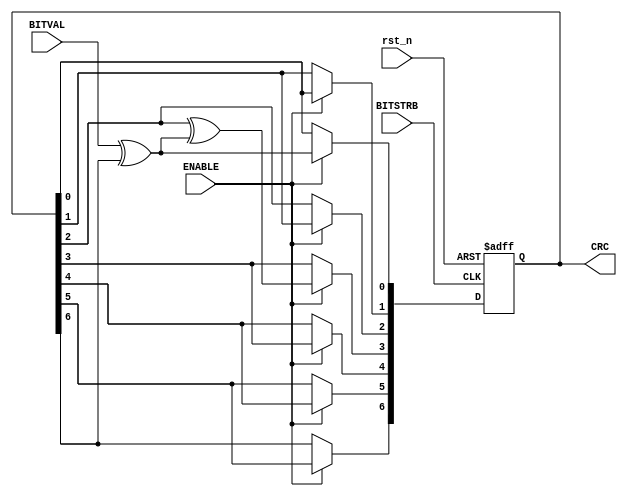
// ==========================================================================
// CRC Generation Unit - Linear Feedback Shift Register implementation
// (c) Kay Gorontzi, GHSi.de, distributed under the terms of LGPL
// https://www.ghsi.de/CRC/
// ==========================================================================
module crc7(BITVAL, ENABLE, BITSTRB, rst_n, CRC);
   input        BITVAL;                            // Next input bit
   input        ENABLE;                            // Enable calculation
   input        BITSTRB;                           // Current bit valid (Clock)
   input        rst_n;                             // Init CRC value
   output [6:0] CRC;                               // Current output CRC value

   reg    [6:0] CRC;                               // We need output registers
   wire         inv;

   assign inv = BITVAL ^ CRC[6];                   // XOR required?

   always @(posedge BITSTRB or negedge rst_n) begin
      if (0==rst_n) begin
         CRC <= 0;                                  // Init before calculation
         end
      else begin
         if (ENABLE == 1'b1) begin
             CRC[6] <= CRC[5];
             CRC[5] <= CRC[4];
             CRC[4] <= CRC[3];
             CRC[3] <= CRC[2] ^ inv;
             CRC[2] <= CRC[1];
             CRC[1] <= CRC[0];
             CRC[0] <= inv;
             end
         else
             CRC <= CRC;
         end
      end

endmodule

//
// ==========================================================================
// CRC Generation Unit - Linear Feedback Shift Register implementation
// (c) Kay Gorontzi, GHSi.de, distributed under the terms of LGPL
// ==========================================================================
// X^16+X^12+X^5+1
// 512 bytes with 0xFF data --> CRC16 = 0x7FA1
//
module crc16(BITVAL, ENABLE, BITSTRB, rst_n, CRC, CRCX);
   input        BITVAL;                            // Next input bit
   input        ENABLE;                            // Enable calculation
   input        BITSTRB;                           // Current bit valid (Clock)
   input        rst_n;                             // Init CRC value
   output [15:0] CRC;                               // Current output CRC value

   reg    [15:0] CRC;                               // We need output registers
   output [15:0] CRCX;                               // We also need num buffered output 
   wire         inv;
   
   assign inv = BITVAL ^ CRC[15];                   // XOR required?

   assign CRCX = { CRC[14:12], CRC[11] ^ inv, CRC[10:5],  CRC[4] ^ inv, CRC[3:0], inv };


   always @(posedge BITSTRB or negedge rst_n) begin
      if (1'b0 == rst_n) begin
         CRC <= 0;                                  // Init before calculation
         end
      else begin
         if (ENABLE == 1'b1) begin
             CRC <= CRCX;
             end
         else
             CRC <= CRC;
         end
      end
   
endmodule

`ifdef CHK_C_CODE
//CRC16
// ==========================================================================
// CRC Generation Unit - Linear Feedback Shift Register implementation
// (c) Kay Gorontzi, GHSi.de, distributed under the terms of LGPL
// ==========================================================================
char *MakeCRC(char *BitString)
   {
   static char Res[17];                                 // CRC Result
   char CRC[16];
   int  i;
   char DoInvert;
   
   for (i=0; i<16; ++i)  CRC[i] = 0;                    // Init before calculation
   
   for (i=0; i<strlen(BitString); ++i)
      {
      DoInvert = ('1'==BitString[i]) ^ CRC[15];         // XOR required?

      CRC[15] = CRC[14];
      CRC[14] = CRC[13];
      CRC[13] = CRC[12];
      CRC[12] = CRC[11] ^ DoInvert;
      CRC[11] = CRC[10];
      CRC[10] = CRC[9];
      CRC[9] = CRC[8];
      CRC[8] = CRC[7];
      CRC[7] = CRC[6];
      CRC[6] = CRC[5];
      CRC[5] = CRC[4] ^ DoInvert;
      CRC[4] = CRC[3];
      CRC[3] = CRC[2];
      CRC[2] = CRC[1];
      CRC[1] = CRC[0];
      CRC[0] = DoInvert;
      }
      
   for (i=0; i<16; ++i)  Res[15-i] = CRC[i] ? '1' : '0'; // Convert binary to ASCII
   Res[16] = 0;                                         // Set string terminator

   return(Res);
   }

// A simple test driver: result should be 0x7FA1

#include <stdio.h>

int main()
   {
   char *Result;                                       // Declare two strings
   char Data[8192];
   int i;
   for (i=0;i<512*8; i++) Data[i] = '1';
   Data[i] = 0;

   Result = MakeCRC(Data);                                    // Calculate CRC

   printf("CRC of [%s]\n is [%s] with P=[10001000000100001]\n", Data, Result);

   return(0);
   }

`endif